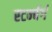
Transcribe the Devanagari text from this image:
स्टर्न्बर्ग